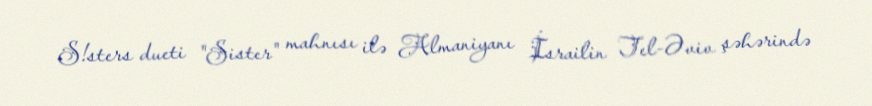
S!sters dueti "Sister" mahnısı ilə Almaniyanı İsrailin Tel-Əviv şəhərində